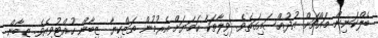
ބެލްކަނިން މައްޗަށް އުދުއްސައިގަތެވެ. ވިލާތަކާ ހަމަޔަށް އެރުމުން ތަޒްކިޔާ ޒިބާން ހުއްޓުވިއެވެ. ޒިބާން